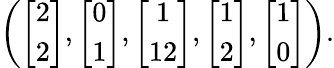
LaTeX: \begin{array}{r}{\left(\left[\begin{array}{c}{2}\\ {2}\end{array}\right],\left[\begin{array}{c}{0}\\ {1}\end{array}\right],\left[\begin{array}{c}{1}\\ {12}\end{array}\right],\left[\begin{array}{c}{1}\\ {2}\end{array}\right],\left[\begin{array}{c}{1}\\ {0}\end{array}\right]\right).}\end{array}